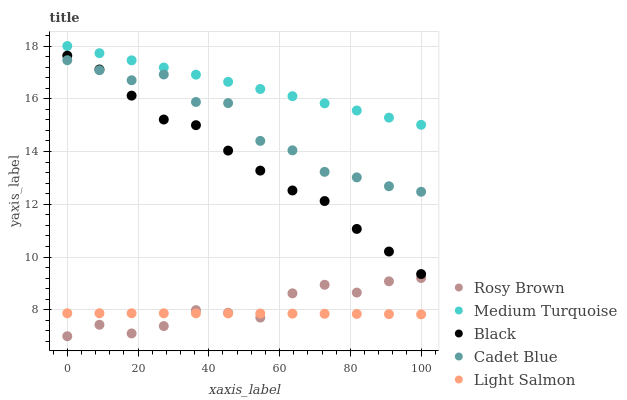
| xaxis_label | Rosy Brown | Medium Turquoise | Black | Cadet Blue | Light Salmon |
 | --- | --- | --- | --- | --- | --- |
 | 0 | 7 | 18 | 17.6 | 17.5 | 7.87 |
 | 9.09 | 7.44 | 17.7 | 17.1 | 17.1 | 7.87 |
 | 18.2 | 7.11 | 17.5 | 16.1 | 16.7 | 7.87 |
 | 27.3 | 7.39 | 17.2 | 15.2 | 16.9 | 7.87 |
 | 36.4 | 7.99 | 16.9 | 15 | 15.9 | 7.87 |
 | 45.5 | 7.89 | 16.6 | 14 | 15.8 | 7.87 |
 | 54.5 | 7.71 | 16.4 | 13.3 | 14.4 | 7.86 |
 | 63.6 | 8.63 | 16.1 | 12.5 | 14 | 7.86 |
 | 72.7 | 8.95 | 15.8 | 12.1 | 13.2 | 7.85 |
 | 81.8 | 8.66 | 15.6 | 11.1 | 13 | 7.85 |
 | 90.9 | 9.08 | 15.3 | 10.2 | 12.7 | 7.84 |
 | 100 | 9.21 | 15 | 9.36 | 12.5 | 7.83 |